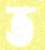
ত